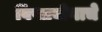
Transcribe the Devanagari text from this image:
विषप्रयोगाचे